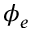
\phi _ { e }